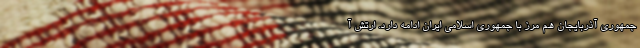
جمهوری آذربایجان هم مرز با جمهوری اسلامی ایران ادامه دارد. ارتش آ